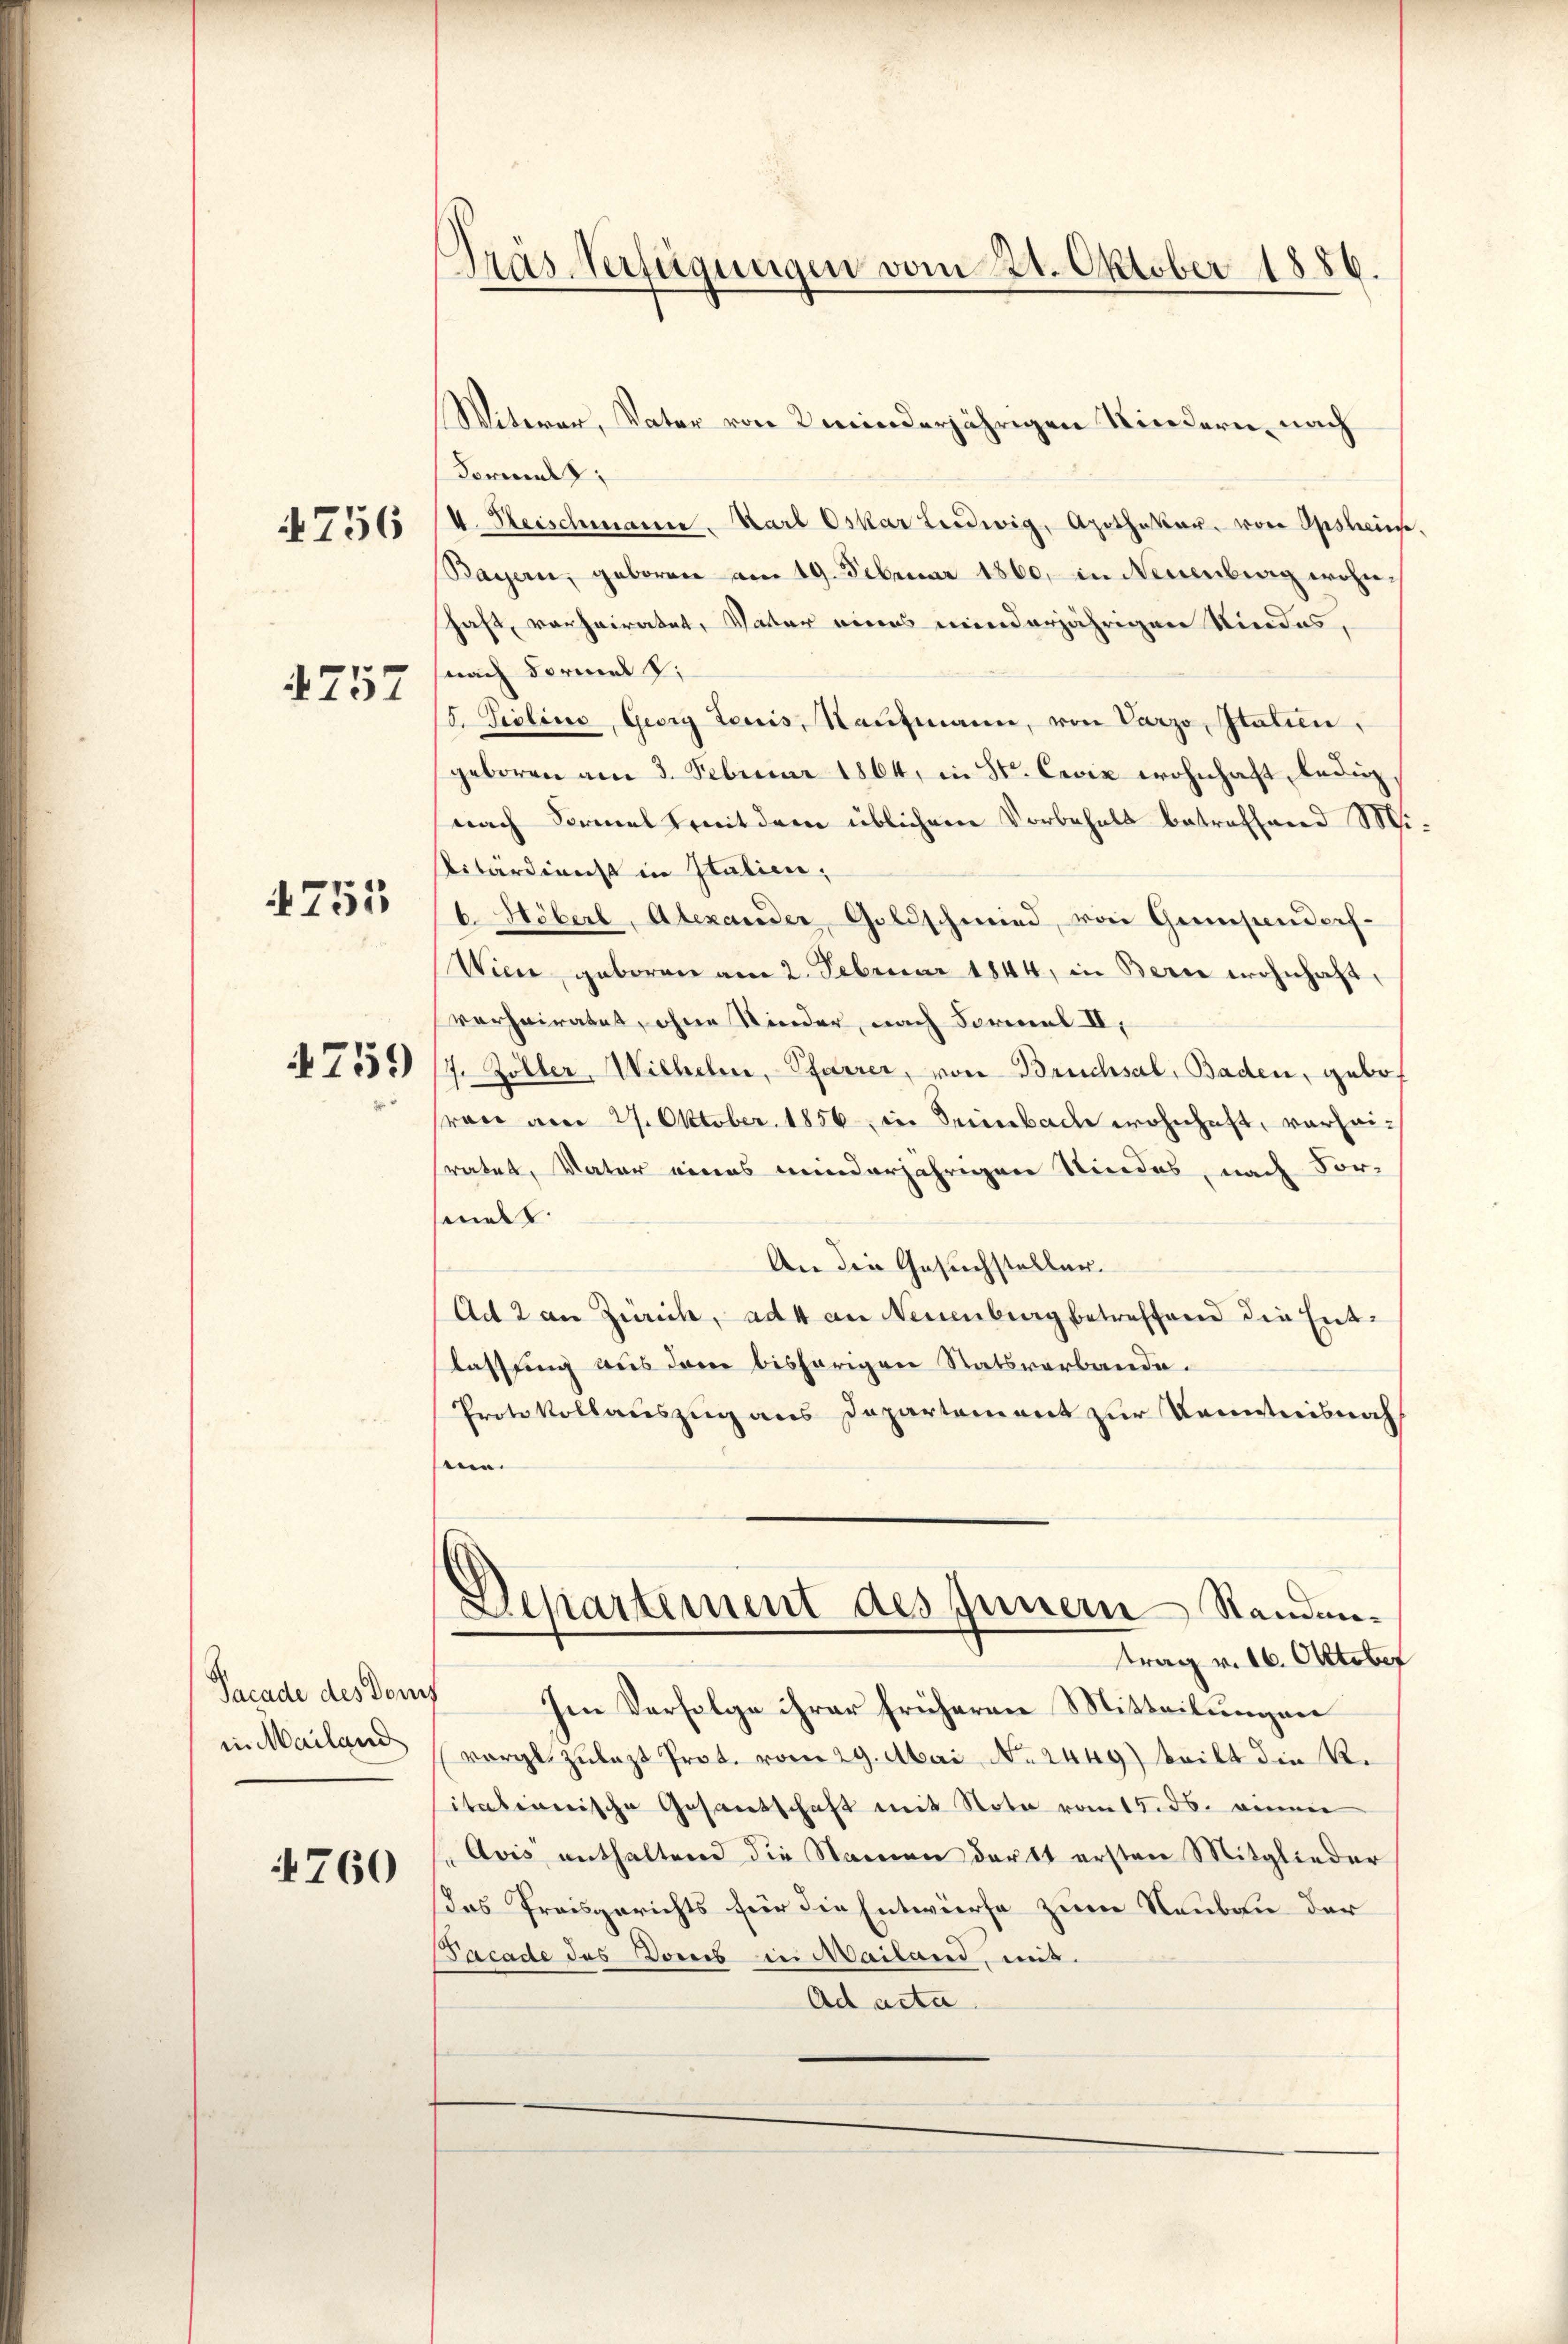
4756

757

4755

4759

Sacade des Dorf
in Mailand

760

.
Pras-Verfügungen vom 21. Oktober 1886.

Witwer, Vater von minderjährigen Kindern, nach
Formal z
4. Heischmann. Karl Oskar Ludwig, Apothekar von Opstein
Bayern, geboren am 19. Februar 1860, in Neuenburg wohnhaft, vorheiratet, Vater eines minderjährigen Kindes,
snach Formal d.
S. Giolina, Georg Leuis, Kaufmann, von Varzo, Italien,
geboren am 3. Februar 1864, in St. Cević wohnhaft ledig
nach Formal mit dern üblichem Vorbehalt betreffend M.
Pitärdienst in Italien,
b. Höberl, Alexander Goldschmied, von Gimpendorf-
Wien, geboren am 2. Februar 1844, in Bern wohnhaft,
verheiratet, ohne Kinder, nach Formel II,
7. Zöller, Wilhelm, Pfarrer, von Bruchsal, Baden, gebo¬
(von am 27. Oktober. 1856, in Seinebacke wohnhaft, verheiratet, Vater eines minderjährigen Sindes, nach Vor-
smutt
An die Gesuchstellen.
Ad 2 an Zürich, ad 4 an Neuenburg betreffend die Entlassung aus dem bisherigen Statsverbande.
Protokollauszug aus Departement zur Kenntnisnah
sen.
Departement des Inner Standen.
trag v. 16. Oktober
Im Verfolge ihrer früheren Mitteilungen
vergl. zulast Prot. vom 29. Mai No 2449) tritt die R.
itationische Gesandschaft mit Note vom 15. ds. einen
Avis enthaltend die Namen derst ersten Mitglieder
Das Preisgerichts für die Entwürfe zum Rauben der
acade des Donis in Mailand, mit
Ad acta